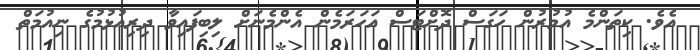
އެވެ. ކިތަންމެ އުމުރުން ހަގަސް ދޮށްޓަސް އަހަރަމެން އެންމެނަށް ލިބިފައިވާ ދިރިއުޅުމުގެ ނިއުމަތް